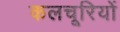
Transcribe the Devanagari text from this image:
कलचूरियों